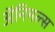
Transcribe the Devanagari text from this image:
अॅनिमल्स